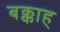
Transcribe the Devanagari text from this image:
बक्काह